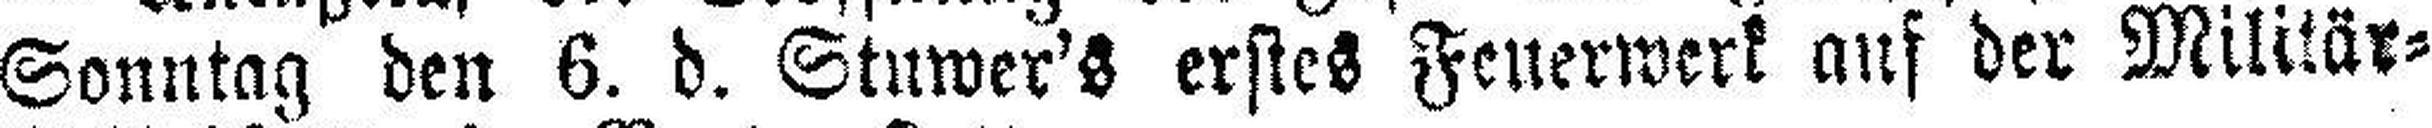
Sonntag den 6. d. Stuwer's erstes Feuerwerk auf der Militär=